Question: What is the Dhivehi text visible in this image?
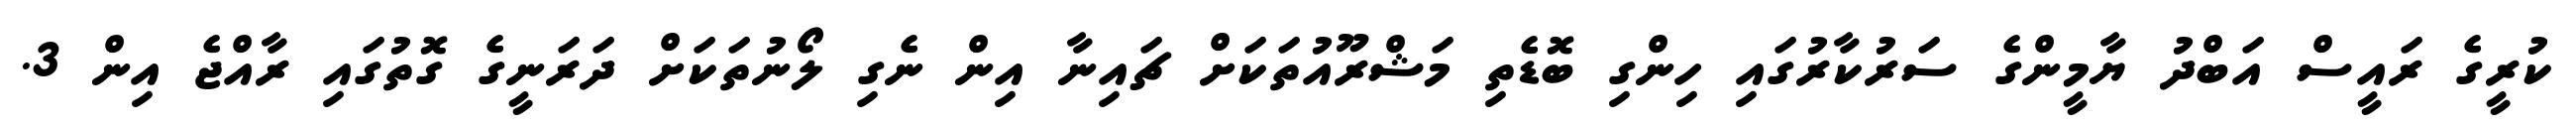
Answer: ކުރީގެ ރައީސް އަބްދު ޔާމީންގެ ސަރުކާރުގައި ހިންގި ބޮޑެތި މަޝްރޫއުތަކަށް ޗައިނާ އިން ނެގި ލޯނުތަކަށް ދަރަނީގެ ގޮތުގައި ރާއްޖެ އިން 3.